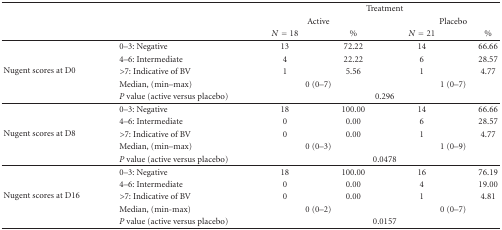
|  |  | <COLSPAN=4> Treatment |
 |  |  | <COLSPAN=2> Active | <COLSPAN=2> Placebo |
 |  |  | N = 18 | % | N = 21 | % |
 | --- | --- | --- | --- | --- | --- |
 | <ROWSPAN=5> Nugent scores at D0 | 0–3: Negative | 13 | 72.22 | 14 | 66.66 |
 | 4–6: Intermediate | 4 | 22.22 | 6 | 28.57 |
 | >7: Indicative of BV | 1 | 5.56 | 1 | 4.77 |
 | Median, (min–max) | <COLSPAN=2> 0 (0–7) | <COLSPAN=2> 1 (0–7) |
 | P value (active versus placebo) | <COLSPAN=4> 0.296 |
 | <ROWSPAN=5> Nugent scores at D8 | 0–3: Negative | 18 | 100.00 | 14 | 66.66 |
 | 4–6: Intermediate | 0 | 0.00 | 6 | 28.57 |
 | >7: Indicative of BV | 0 | 0.00 | 1 | 4.77 |
 | Median, (min–max) | <COLSPAN=2> 0 (0–3) | <COLSPAN=2> 1 (0–9) |
 | P value (active versus placebo) | <COLSPAN=4> 0.0478 |
 | <ROWSPAN=5> Nugent scores at D16 | 0–3: Negative | 18 | 100.00 | 16 | 76.19 |
 | 4–6: Intermediate | 0 | 0.00 | 4 | 19.00 |
 | >7: Indicative of BV | 0 | 0.00 | 1 | 4.81 |
 | Median, (min-max) | <COLSPAN=2> 0 (0–2) | <COLSPAN=2> 0 (0–7) |
 | P value (active versus placebo) | <COLSPAN=4> 0.0157 |